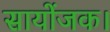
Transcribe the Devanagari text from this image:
सायोंजक।